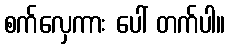
စက်လှေကား ပေါ် တက်ပါ။